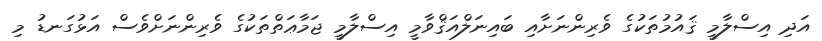
އަދި އިސްލާމީ ޤައުމުތަކުގެ ވެރިންނަށާއި ބައިނަލްއަޤްވާމީ އިސްލާމީ ޖަމާޢަތްތަކުގެ ވެރިންނަށްވެސް އަޅުގަނޑު މި